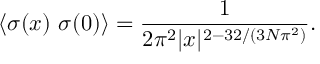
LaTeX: \langle \sigma ( x ) ~ \sigma ( 0 ) \rangle = \frac { 1 } { 2 \pi ^ { 2 } | x | ^ { 2 - 3 2 / ( 3 N \pi ^ { 2 } ) } } .